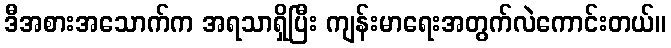
ဒီအစားအသောက်က အရသာရှိပြီး ကျန်းမာရေးအတွက်လဲကောင်းတယ်။